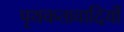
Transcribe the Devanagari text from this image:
पृथकतावादियों